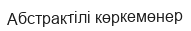
Абстрактiлi көркемөнер